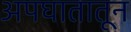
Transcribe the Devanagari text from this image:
अपघातातून